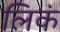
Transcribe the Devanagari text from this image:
लिकं